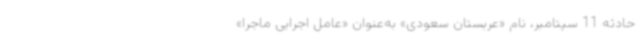
حادثه 11 سپتامبر، نام «عربستان سعودی» به‌عنوان «عامل اجرایی ماجرا»